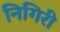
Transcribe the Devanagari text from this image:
निगिरी